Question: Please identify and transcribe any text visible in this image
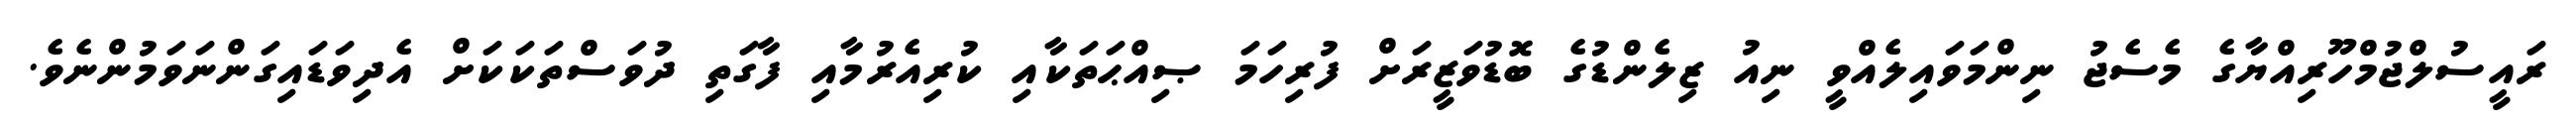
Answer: ރައީސުލްޖުމްހޫރިއްޔާގެ މެސެޖު ނިންމަވައިލެއްވީ ނިއު ޒިލެންޑުގެ ބޮޑުވަޒީރަށް ފުރިހަމަ ޞިއްޙަތަކާއި ކުރިއެރުމާއި ފާގަތި ދުވަސްތަކަކަށް އެދިވަޑައިގަންނަވަމުންނެވެ.